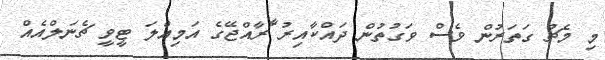
މި މެޗު ގަތަރުން ވެސް ވަގުތުން ދައްކާއިރު ެާރާއްޖޭގެ އަމިއްލަ ޓީވީ ޗެނަލްއެއް